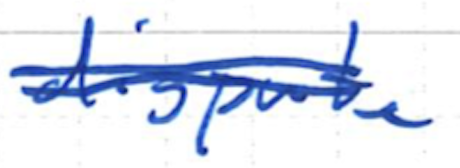
Text: dispute
Cross-out: double-line
Writing tool: ballpoint